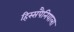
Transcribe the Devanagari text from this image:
हिस्सपैनियाला